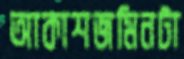
আকাশজমিনটা